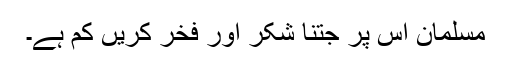
مسلمان اس پر جتنا شکر اور فخر کریں کم ہے۔